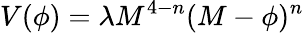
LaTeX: V(\phi)=\lambda M^{4-n}(M-\phi)^{n}